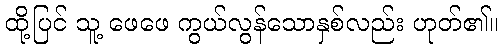
ထို့ပြင် သူ့ ဖေဖေ ကွယ်လွန်သောနှစ်လည်း ဟုတ်၏။